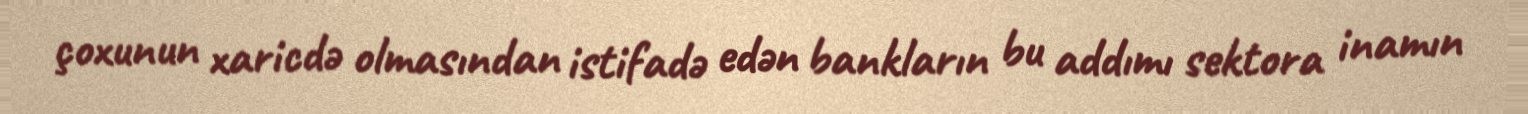
çoxunun xaricdə olmasından istifadə edən bankların bu addımı sektora inamın